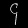
Digit: ၄